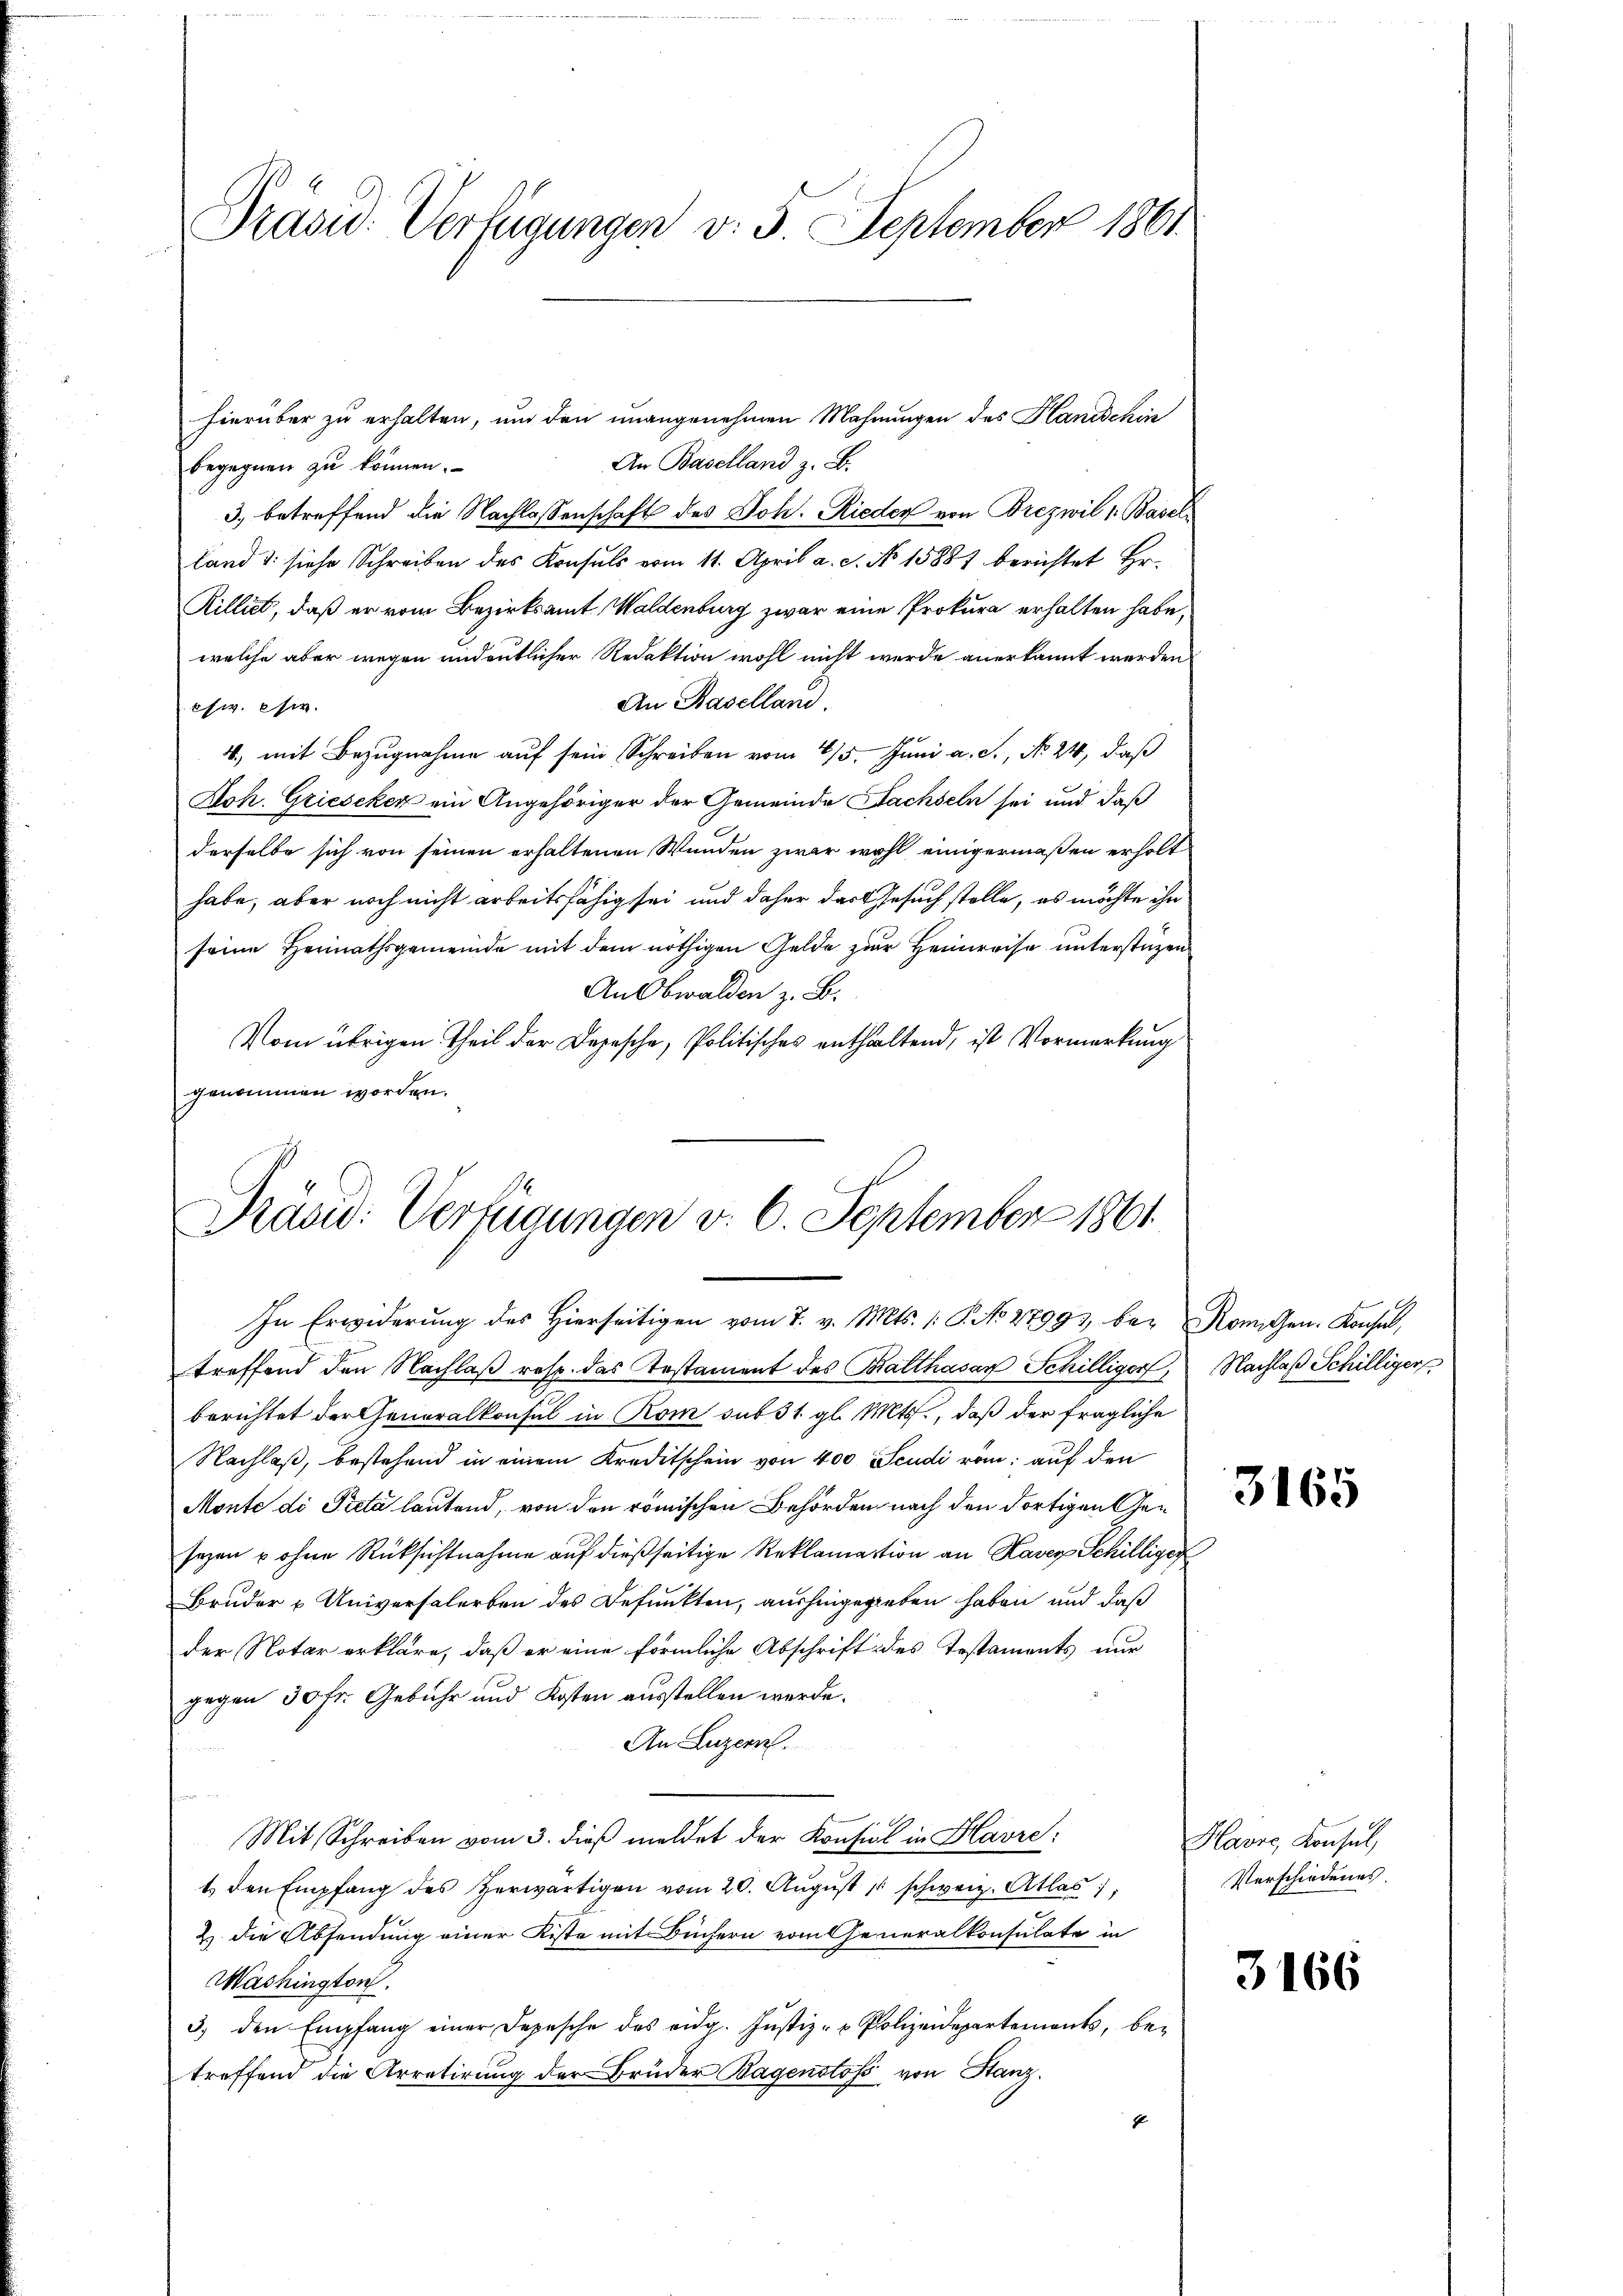
Präsid. Verfügungen v. 5. September 1861.

hierüber zu erhalten, und den unangenehmen Mahnungen des Hanischin
An Baselland z. B.
begegnen zu können.
3.) betreffend die Nachlassenschaft des Joh. Rieder von Brezwil 1. Baselland u. siehe Schreiben des Konsuls vom 11. April a. c. No 15881 berichtet Hr.
Rilliet, daß er vom Bezirksamt Waldenburg zwar eine Prokura erhalten habe,
welche aber wegen undeutlicher Redaktion wohl nicht werde anerkannt werden
An Baselland.
chw. Kir
4, mit Bezugnahme auf sein Schreiben vom 4/5. Juni a. c., No 24, daß
Koh. Grieseker ein Angehöriger der Gemeinde Nachseln sei und daß
derselbe sich von seinen erhaltenen Wunden zwar wohl einigermaßen erholt
habe, aber noch nicht arbeitsfähig sei und daher das Gesuch stelle, es möchte ihn
seine Herinathsgemeinde mit dem nöthigen Gelde zur Heimreise unterstüzen
An Obwalden z. B.
Vom übrigen Theil der Depesche, Politisches enthaltend, ist Vormerkung
genommen worden.

Dräsid. Verfügungen v. 6. September 1861.
In Erwiderung des Hierseitigen vom 7. v. Mts. (: P. No 27993, bei Romigen. Konsul,

treffend den Nachlaß resp. das Testament des Balthasar Schilliger, Nachlaß Schilliger
berichtet der Generalkonsul in Rom sub 31. gl. Mts., daß der fragliche
Nachlaß, bestehend in einem Kreditschein von 400 Scudi röm: auf den
Monte di Pieta lautend, von den römischen Behörden nach den Fortigen Gesezen u ohne Rücksichtnahme auf dießseitige Reklamation an Kaser Schilliger
Bruder u. Universalerben des Befunkten, aushingegeben haben und daß
der Notar erkläre, daß er eine förmliche Abschrift des Testaments nur
gegen 30 Fr. Gebühr und Kosten ausstellen werde.
An Luzern.
u
Mit Schreiben vom 3. dieβ meldet der Konfiel in Havre:
t. den Empfang des herwärtigen vom 20. Aŭgŭst  schweiz. Atlas,
2) die Absendung einer Kiste mit Büchern vom Generalkonsulate in
Washington.
3. den Empfang einer Depesche des eidg. Jŭstiz- & Polizeidepartement, be-
treffend die Arretirung der Brüder Bagenstoss von Stanz.
4

3165

Havre, Konsul
Verschiedenes.

3166